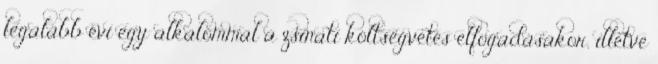
legalább évi egy alkalommal a zsinati költségvetés elfogadásakor, illetve